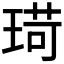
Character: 𪻸